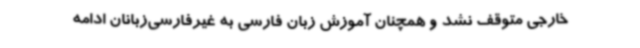
خارجی متوقف نشد و همچنان آموزش زبان فارسی به غیرفارسی‌زبانان ادامه